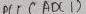
Text: ADC1